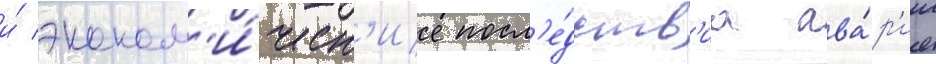
и́ эконом'и́ческ'ие посл'е́дств'иа ава́р'ии